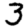
Digit: 3